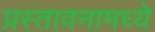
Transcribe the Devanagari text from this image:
प्रस्तावनामध्ये